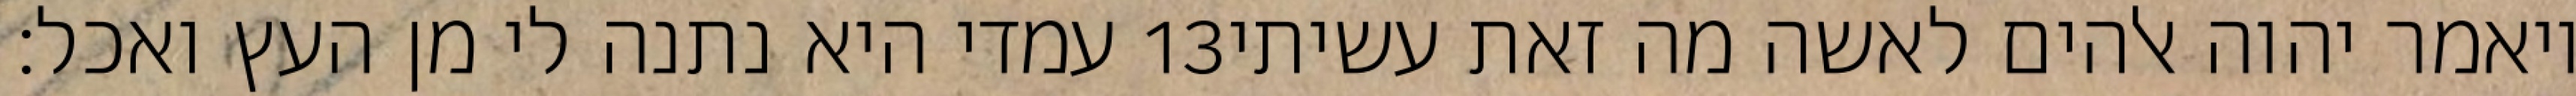
עמדי היא נתנה לי מן העץ ואכל׃ ‎13‏ ויאמר יהוה אלהים לאשה מה זאת עשיתי